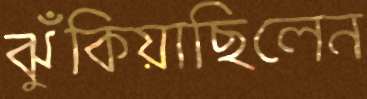
ঝুঁকিয়াছিলেন